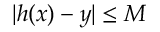
| h ( x ) - y | \leq M